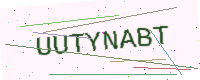
Text: UUTYNABT